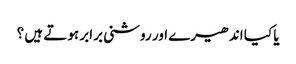
یا کیا اندھیرے اور روشنی برابر ہوتے ہیں ؟